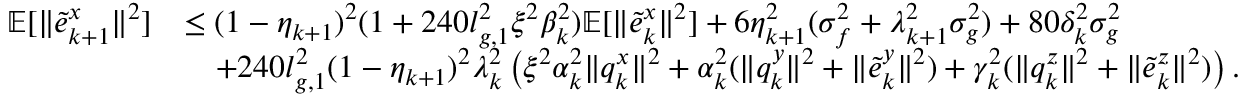
\begin{array} { r l } { \mathbb { E } [ \| \tilde { e } _ { k + 1 } ^ { x } \| ^ { 2 } ] } & { \le ( 1 - \eta _ { k + 1 } ) ^ { 2 } ( 1 + 2 4 0 l _ { g , 1 } ^ { 2 } \xi ^ { 2 } \beta _ { k } ^ { 2 } ) \mathbb { E } [ \| \tilde { e } _ { k } ^ { x } \| ^ { 2 } ] + 6 \eta _ { k + 1 } ^ { 2 } ( \sigma _ { f } ^ { 2 } + \lambda _ { k + 1 } ^ { 2 } \sigma _ { g } ^ { 2 } ) + 8 0 \delta _ { k } ^ { 2 } \sigma _ { g } ^ { 2 } } \\ & { \quad + 2 4 0 l _ { g , 1 } ^ { 2 } ( 1 - \eta _ { k + 1 } ) ^ { 2 } \lambda _ { k } ^ { 2 } \left( \xi ^ { 2 } \alpha _ { k } ^ { 2 } \| q _ { k } ^ { x } \| ^ { 2 } + \alpha _ { k } ^ { 2 } ( \| q _ { k } ^ { y } \| ^ { 2 } + \| \tilde { e } _ { k } ^ { y } \| ^ { 2 } ) + \gamma _ { k } ^ { 2 } ( \| q _ { k } ^ { z } \| ^ { 2 } + \| \tilde { e } _ { k } ^ { z } \| ^ { 2 } ) \right) . } \end{array}